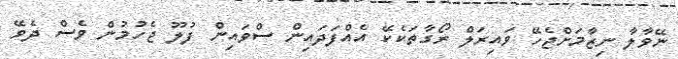
ނޭވާލާ ނިޒާމަށްޖެހޭ ވައިރަލް ރޯގާތަކެކޭ އެއްފަދައިން ސްވައިން ފުލޫ ޖެހުމުން ވެސް ދެވޭ